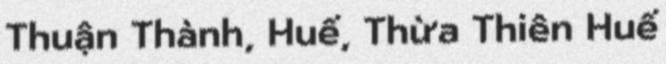
Thuận Thành, Huế, Thừa Thiên Huế